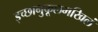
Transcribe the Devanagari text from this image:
इच्छानुकूलमखिलं